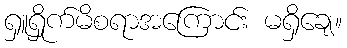
ရှူရှိုက်မိစရာအကြောင်း မရှိချေ။